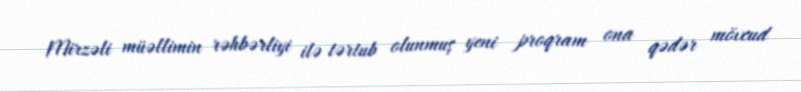
Mirzəli müəllimin rəhbərliyi ilə tərtub olunmuş yeni proqram ona qədər mövcud